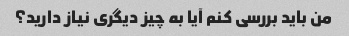
من باید بررسی کنم آیا به چیز دیگری نیاز دارید؟